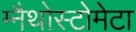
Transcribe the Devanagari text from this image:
ग्नैथोस्टोमेटा